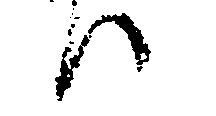
ハ